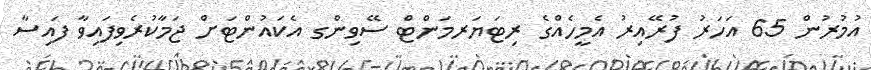
އުމުރުން 65 އަހަރު ފުރޭއިރު އެމީހެއްގެ ރިޓަޔަރމަންޓް ސޭވިންގ އެކައުންޓަށް ޖަމާކުރެވިފައިވާ ފައިސާ